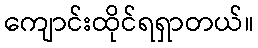
ကျောင်းထိုင်ရရှာတယ်။